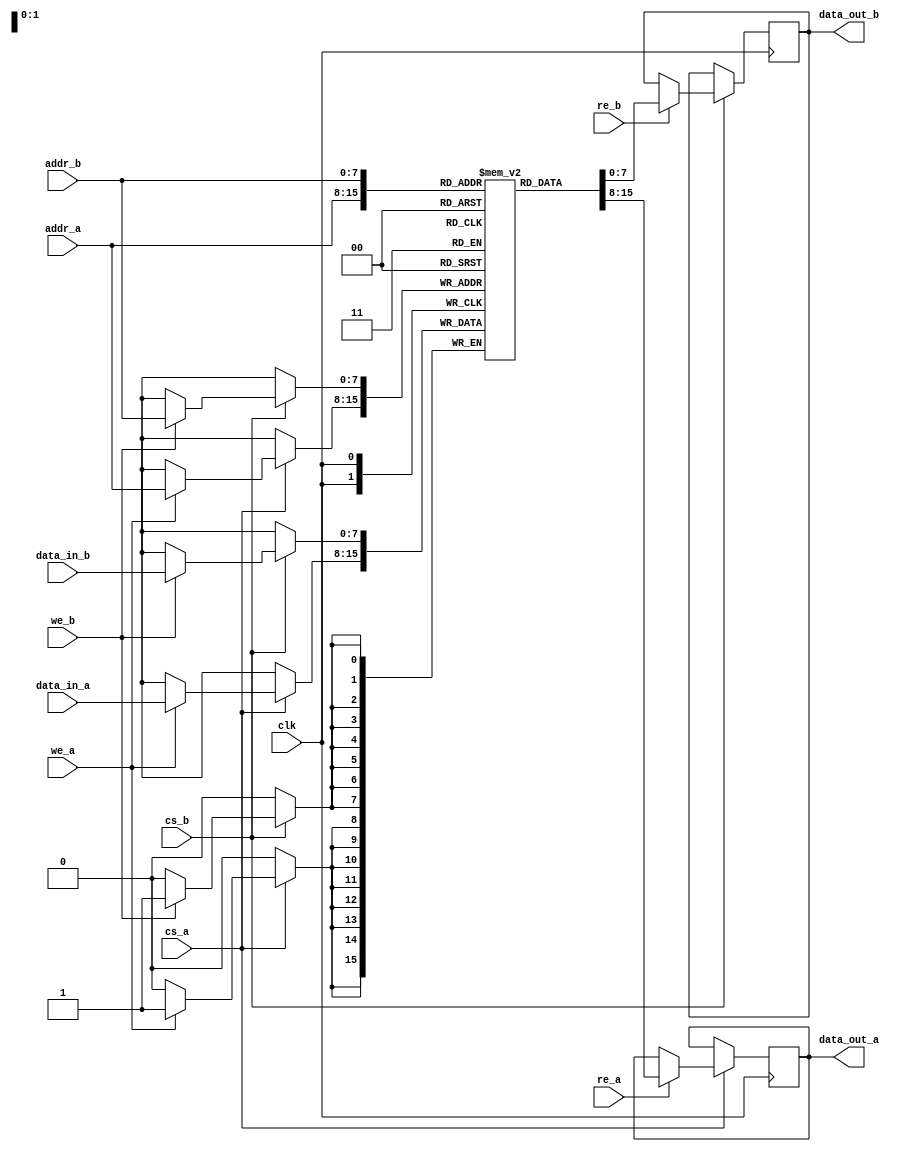
module dual_port_sram #(
    parameter ADDR_WIDTH = 8,   // Address width
    parameter DATA_WIDTH = 8,   // Data width
    parameter DEPTH = 1 << ADDR_WIDTH // Memory depth
)(
    input wire clk,
    
    // Port A
    input wire cs_a,            // Chip Select for Port A
    input wire we_a,            // Write Enable for Port A
    input wire re_a,            // Read Enable for Port A
    input wire [ADDR_WIDTH-1:0] addr_a, // Address for Port A
    input wire [DATA_WIDTH-1:0] data_in_a, // Data input for Port A
    output reg [DATA_WIDTH-1:0] data_out_a, // Data output for Port A

    // Port B
    input wire cs_b,            // Chip Select for Port B
    input wire we_b,            // Write Enable for Port B
    input wire re_b,            // Read Enable for Port B
    input wire [ADDR_WIDTH-1:0] addr_b, // Address for Port B
    input wire [DATA_WIDTH-1:0] data_in_b, // Data input for Port B
    output reg [DATA_WIDTH-1:0] data_out_b  // Data output for Port B
);

    // Memory array
    reg [DATA_WIDTH-1:0] mem [0:DEPTH-1];

    always @(posedge clk) begin
        // Port A operations
        if (cs_a) begin
            if (we_a) begin
                mem[addr_a] <= data_in_a; // Write operation
            end
            if (re_a) begin
                data_out_a <= mem[addr_a]; // Read operation
            end
        end
    end

    always @(posedge clk) begin
        // Port B operations
        if (cs_b) begin
            if (we_b) begin
                mem[addr_b] <= data_in_b; // Write operation
            end
            if (re_b) begin
                data_out_b <= mem[addr_b]; // Read operation
            end
        end
    end

endmodule